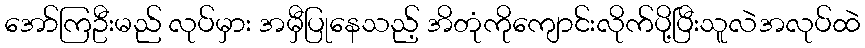
အော်ကြဦးမည် လုပ်မှား အမှီပြုနေသည့် အိတုံကိုကျောင်းလိုက်ပို့ပြီးသူလဲအလုပ်ထဲ